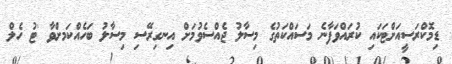
ޑިމޮކްރަސީއަށްޓަކައި ކުރައްވަފާނެ މަސައްކަތުގެ މިސާލު ޖެއްސެވުމަށް އިނގިރޭސި މިސާލު ބަހެއްކަމށްވާ 'ޓު ހެލް